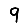
Digit: 9